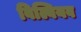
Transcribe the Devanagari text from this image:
विल्वियव